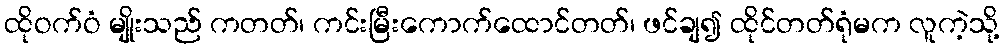
ထိုဝက်ဝံ မျိုးသည် ကတတ်၊ ကင်းမြီးကောက်ထောင်တတ်၊ ဖင်ချ၍ ထိုင်တတ်ရုံမက လူကဲ့သို့